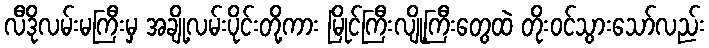
လီဒိုလမ်းမကြီးမှ အချို့လမ်းပိုင်းတို့ကား မြိုင်ကြီးလျို့ကြီးတွေထဲ တိုးဝင်သွားသော်လည်း